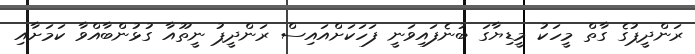
ރަންދީޕުގެ ގާތް މީހަކު މީޑިޔާގަ ބުނެފައިވަނީ ފަހަކަށްއައިސް ރަންދީޕު ނީތޫއާ ގުޅުންބާއްވާ ކަމަށާއި